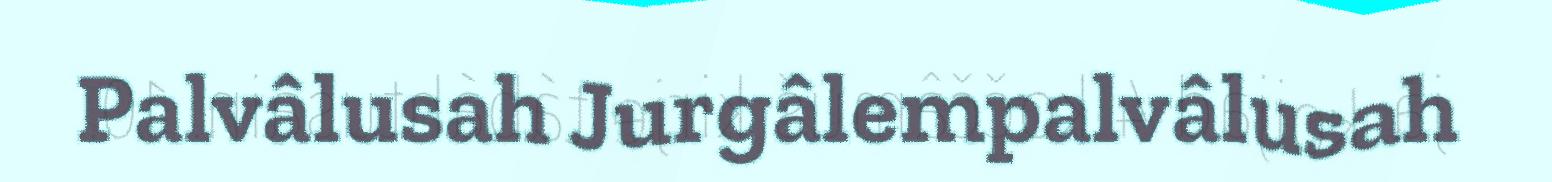
Palvâlusah Jurgâlempalvâlusah